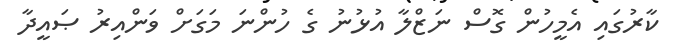
ކާރުގައި އެމީހުން ގޮސް ނަޒްލާ އުޅުނު ގެ ހުންނަ މަގަށް ވަންއިރު ޞައީދާ